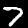
Label: 7